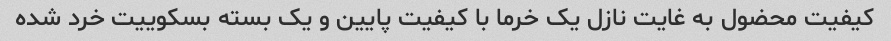
کیفیت محضول به غایت نازل یک خرما با کیفیت پایین و یک بسته بسکوییت خرد شده